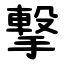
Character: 撃